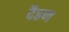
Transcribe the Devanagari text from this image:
दैहण